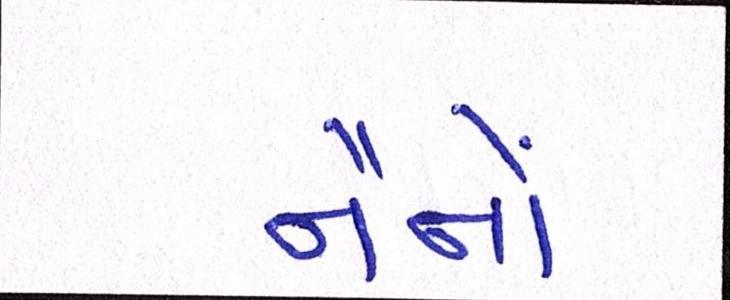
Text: નૈનોં